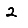
Digit: 2